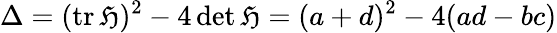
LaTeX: \Delta=(\operatorname{tr}{\mathfrak{H}})^{2}-4\det{\mathfrak{H}}=(a+d)^{2}-4(ad-bc)